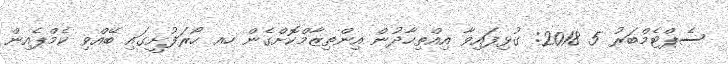
ސެޕްޓެމްބަރު 5 2018: ގުޅިފައިވާ އިއްތިހާދުން އިންތިޒާމްކޮށްގެން ހއ ހޯރަފުށީގައި ބޭއްވި ކެމްޕެއިން